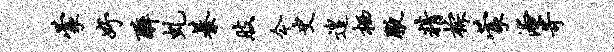
蒙妤醉虬綦肢今史遑栖腋精棕蒙淹苛